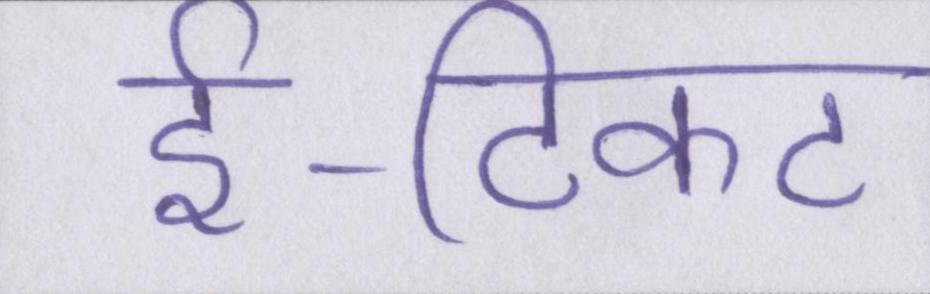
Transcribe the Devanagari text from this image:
ई-टिकट